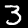
Digit: 3